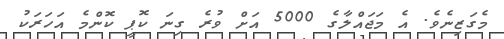
މެގަޒިނެވެ. އެ މަޖައްލާގެ 5000 އަށް ވުރެ ގިނަ ކޮޕީ ކޮންމެ އަހަރަކު